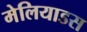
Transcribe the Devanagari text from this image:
मेलियाडस